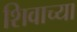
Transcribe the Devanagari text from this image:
शिवाच्या